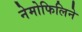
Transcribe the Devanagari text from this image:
नेमोफिलिने